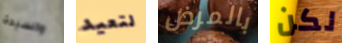
والسيدة لتعيد بالمرض لكن